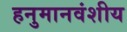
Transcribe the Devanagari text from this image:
हनुमानवंशीय